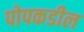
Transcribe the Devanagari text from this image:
पोपकडील